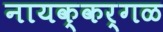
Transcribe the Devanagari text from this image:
नायक्कर्गळ